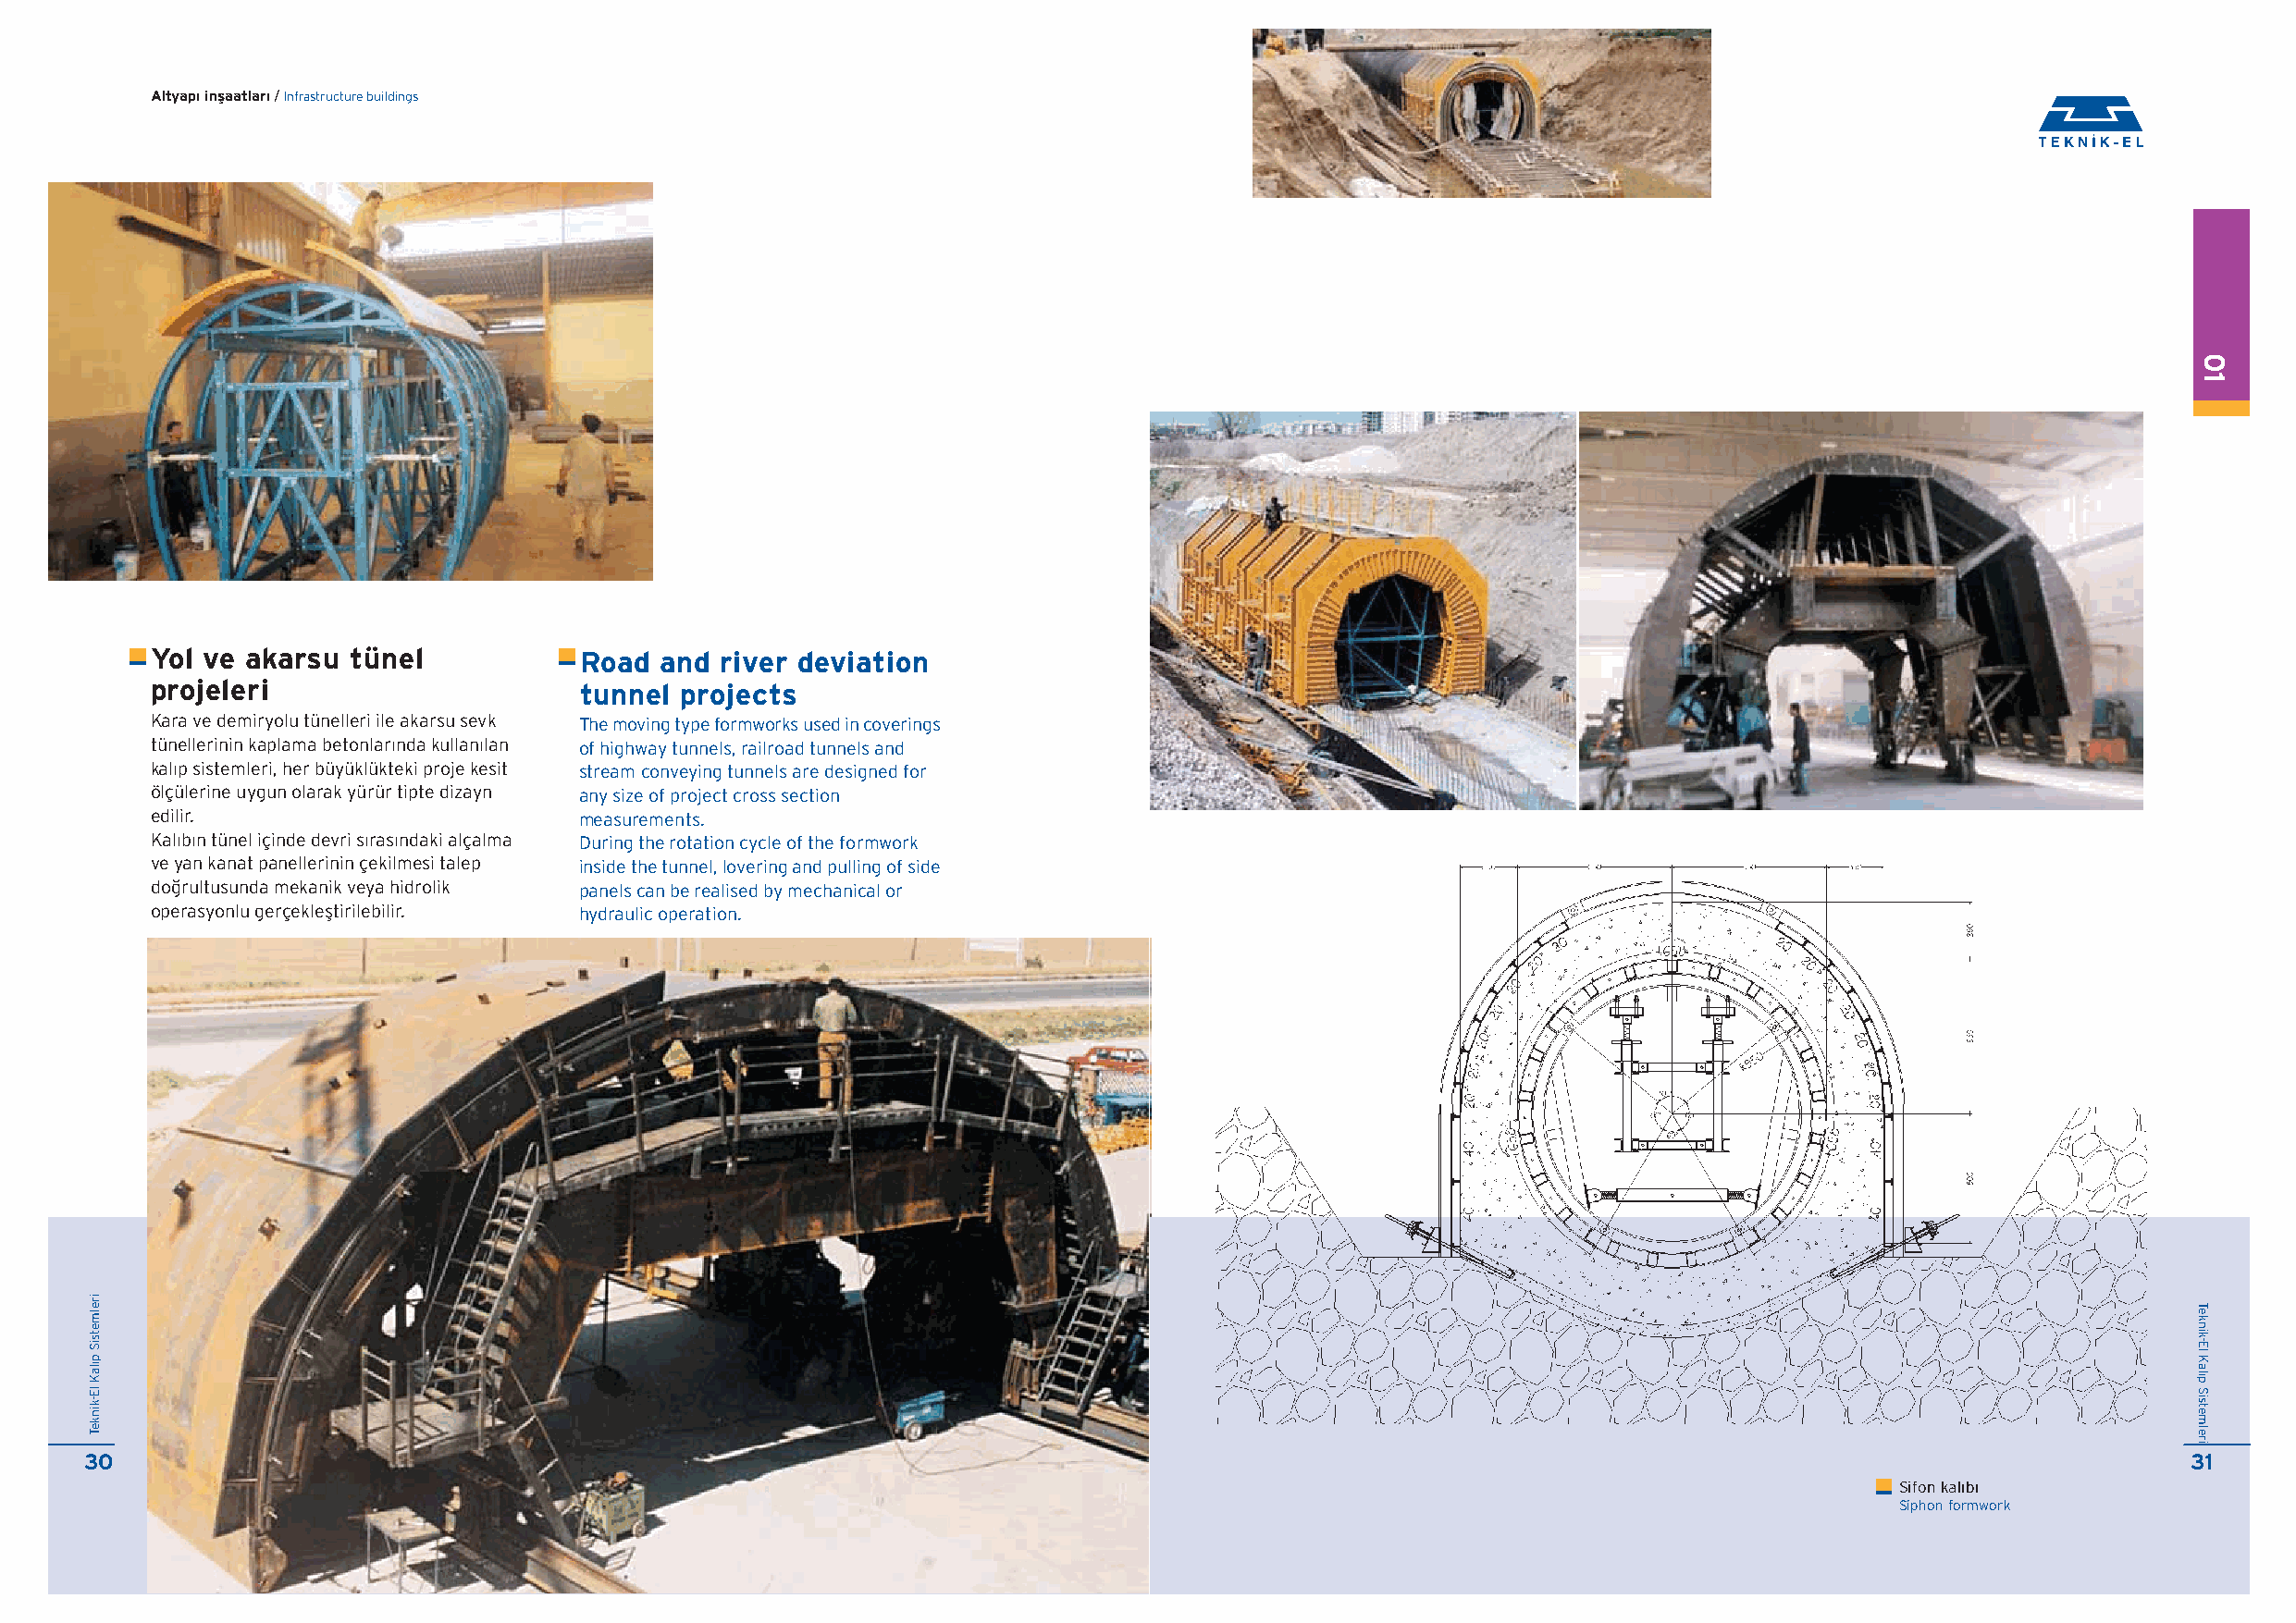
Altyap› inflaatlar› / Infrastructure buildings
 Yol ve akarsu tünel            Road and  river deviation
 projeleri                      tunnel projects
 Kara ve demiryolu tünelleri ile akarsu sevk The moving type formworks used in coverings
 tünellerinin kaplama betonlarında kullanılan of highway tunnels, railroad tunnels and
 kalıp sistemleri, her büyüklükteki proje kesit stream conveying tunnels are designed for
 ölçülerine uygun olarak yürür tipte dizayn any size of project cross section
 edilir.                       measurements.
 Kalıbın tünel içinde devri sırasındaki alçalma During the rotation cycle of the formwork
 ve yan kanat panellerinin çekilmesi talep inside the tunnel, lovering and pulling of side
 do¤rultusunda mekanik veya hidrolik panels can be realised by mechanical or
 operasyonlu gerçeklefltirilebilir. hydraulic operation.
 30                                                                                                                                                     31
 Sifon kal›b›
 Siphon formwork
 irelmetsiS
 p›laK
 lE-kinkeT
 01
 Teknik-El
 Kal›p
 Sistemleri